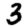
Digit: 3